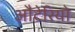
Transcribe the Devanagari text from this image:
औंटेरियो